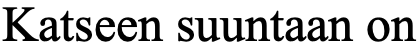
Katseen suuntaan on